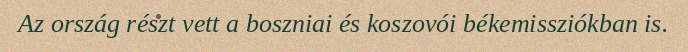
Az ország részt vett a boszniai és koszovói békemissziókban is.